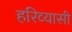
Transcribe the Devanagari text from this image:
हरिव्यासी